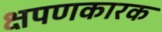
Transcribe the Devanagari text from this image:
क्षपणकारक